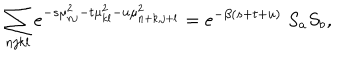
LaTeX: \sum _ { n j k l } e ^ { - s \mu _ { n j } ^ { 2 } - t \mu _ { k l } ^ { 2 } - u \mu _ { n + k , j + l } ^ { 2 } } = e ^ { - \beta ( s + t + u ) } \; S _ { a } S _ { b } ,